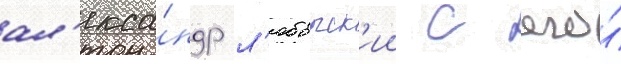
ал'екса́ндр л'юбарск'ии с его́